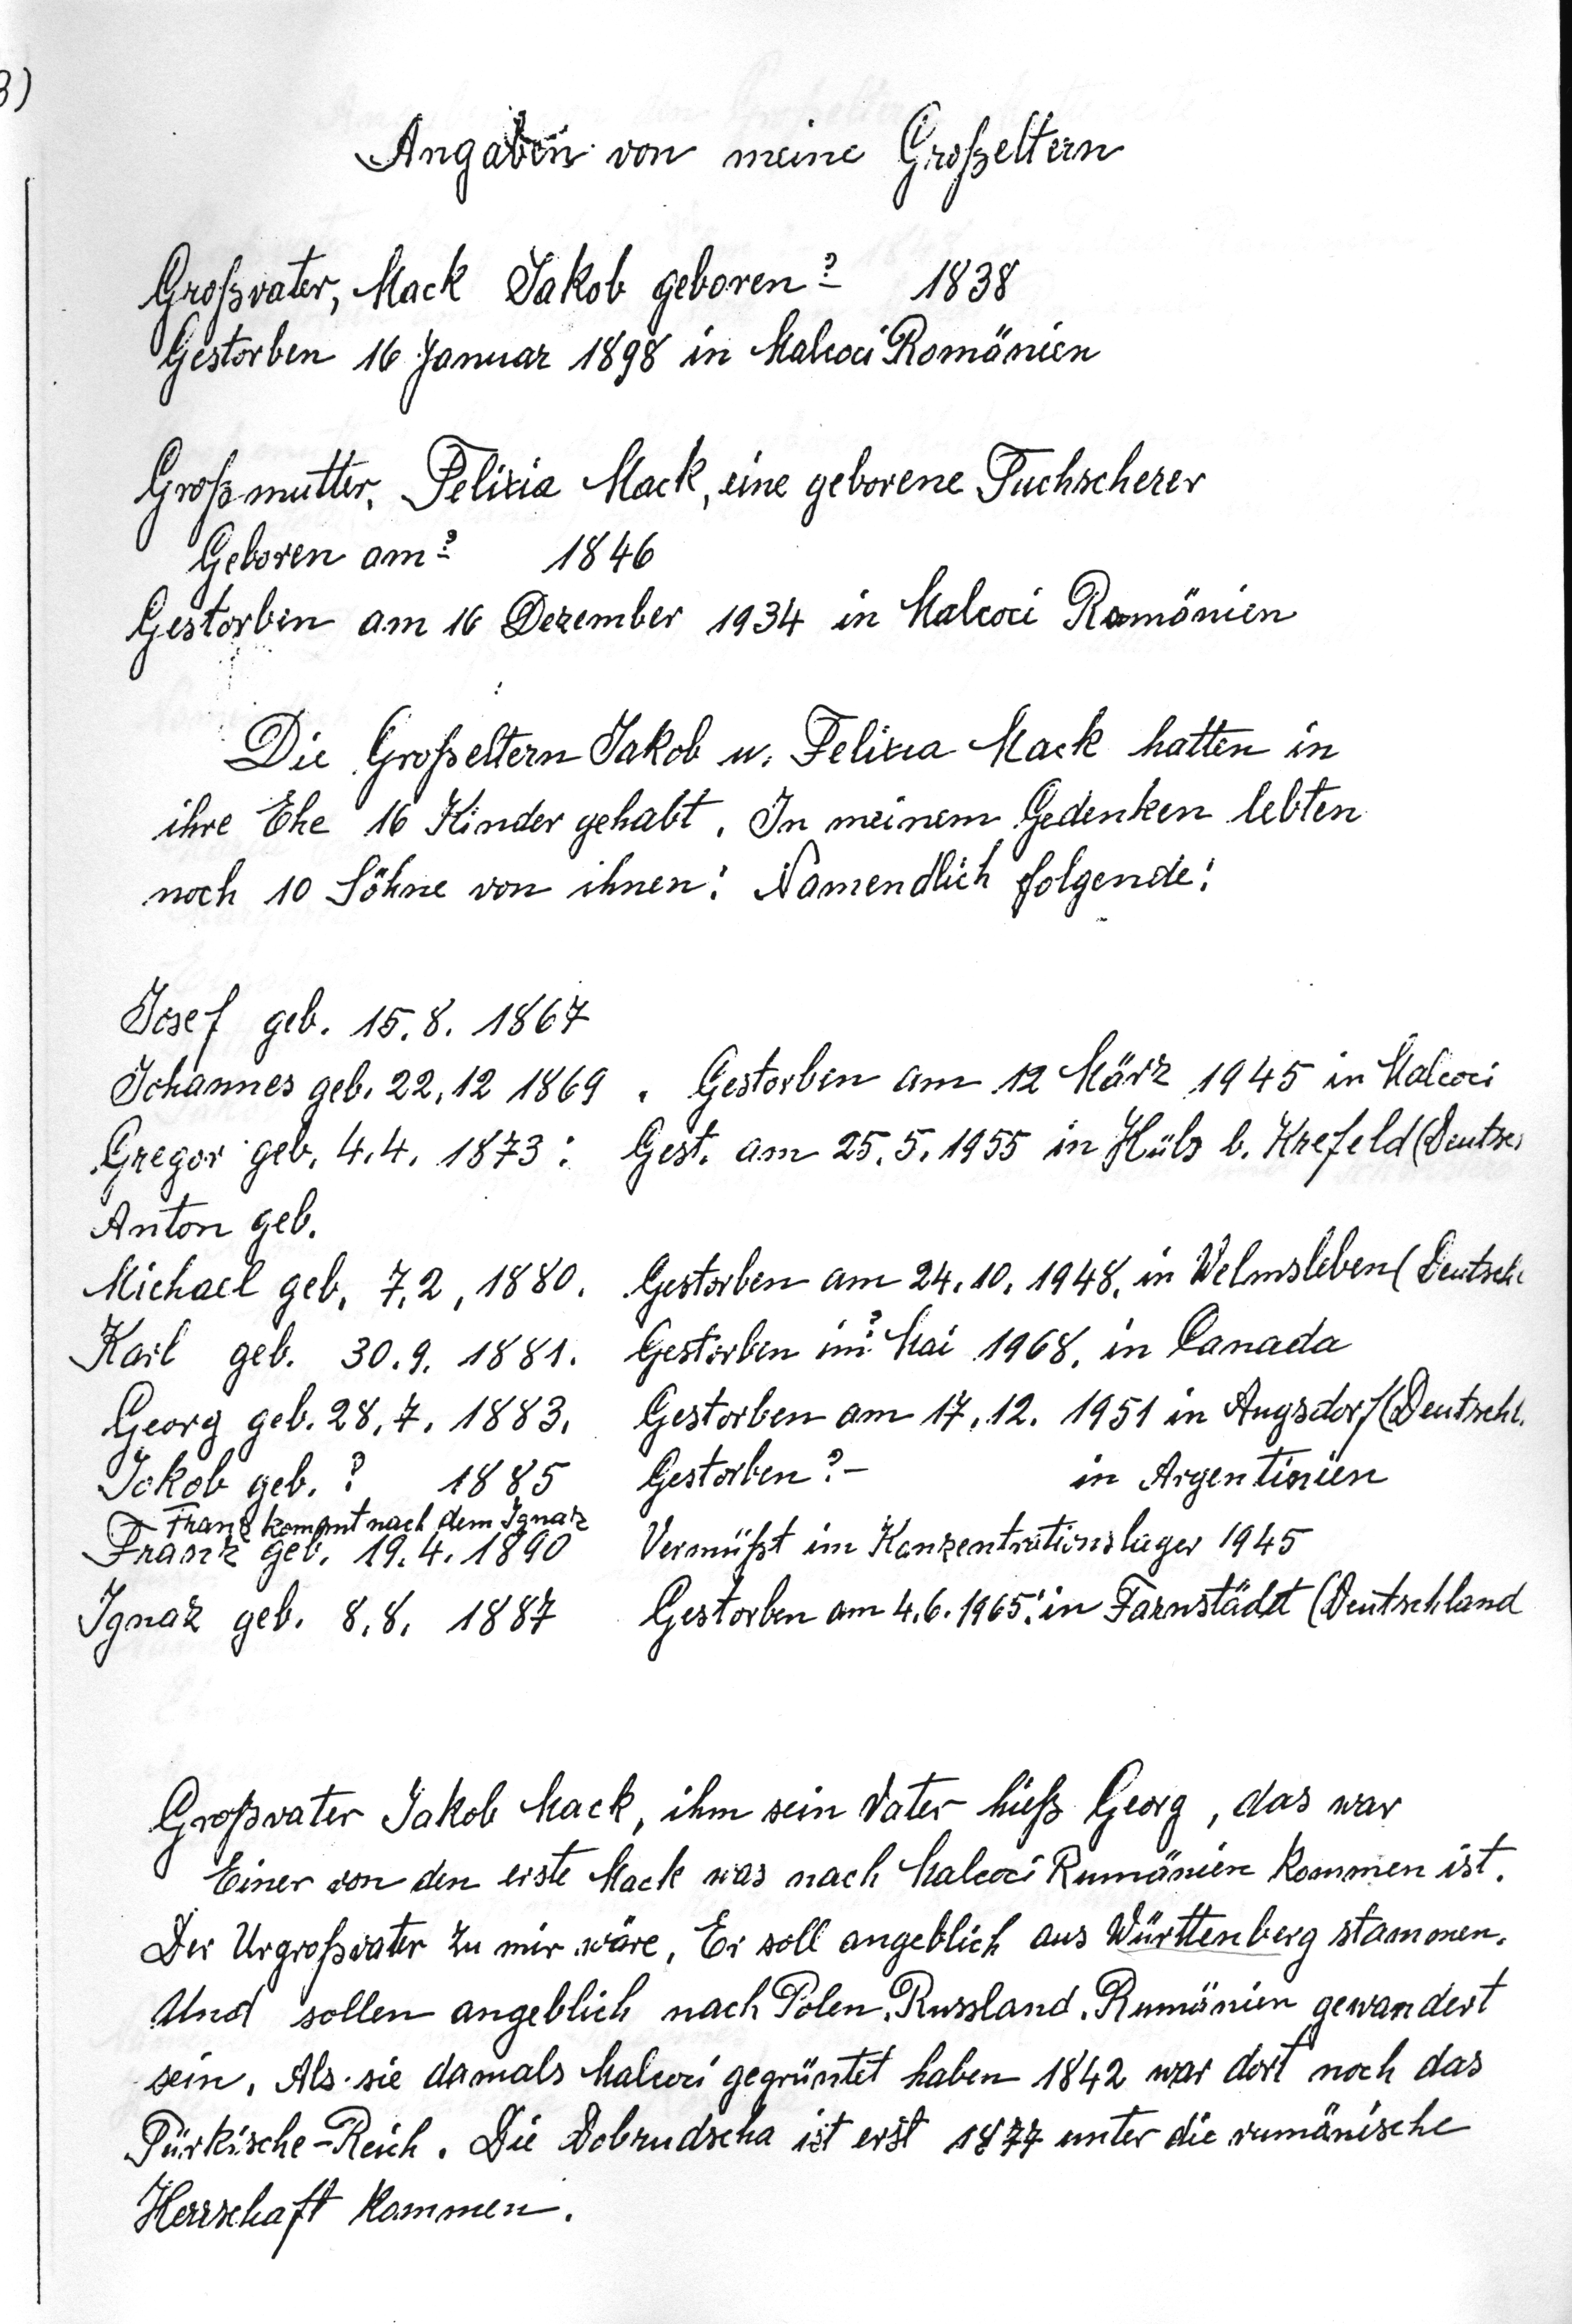
Angaben von meine Großeltern

Großvater, MackJakob geboren ? 1838
Gestorben 16 Januar 1898 in Malcoci Romänien
Großmutter Felizia Mack, eine geborene Tuchscherer
Geboren am ? 1846
Gestorben am 16 Dezember 1934 in Malcoci Romänien
Die Großeltern Jakob u. Felizia Mack hatten in
ihre Ehe 16 Kinder gehabt. In meinem Gedenken lebten
noch 10 Söhne von ihnen: Namendlich folgende:
Josef geb. 15.8. 1867
Johannes geb. 22.12 1869 . Gestorben am 12 März 1945 in Malcoci
Gregor geb. 4.4.1873: Gest. am 25.5.1955 in Hüls b. Krefeld (Deutsc
Anton geb.
Michael geb. 7.2.1880 Gestorben am 24.10. 1948 in Welmsleben ( Deutsch
Karl geb 30.9. 1881. Gestorben im Mai 1968 in Kanada
Georg geb. 28.7. 1883.  Gestorben am 17.12.1951 in Angsdorf(Deutschl
Jakob geb ?  1885  Gestorben ?-   in Argentinien
Franz kommt nach dem Ignaz
Franz geb. 19.4.1890   Vermißt im Konzentrationslager 1945
Ignaz geb. 8.8.1887  Gestorben am 4.6.1965 in Farnstädt (Deutschland
Großvater Jakob Mack, ihm sein Vater hieß Georg, das war
Einer von den erste Mack was nach Malcoci Rumänien kommen ist.
Der Urgroßvater zu mir wäre, Er soll angeblich aus Württenberg stammen.
Und sollen angeblich nach Polen, Russland, Rumänien gewandert
sein, Als sie damals Malcoci gegründet haben 1842 war dort noch das
Türkische Reich. Die Dobrudscha ist erst 1877 unter die rumänische
Herrschaft kommen.